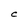
Character: C